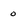
Character: O